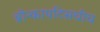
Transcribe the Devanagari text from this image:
ब्रोन्कायटिसचीच